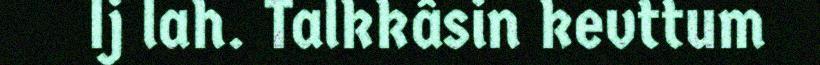
Ij lah. Talkkâsin kevttum